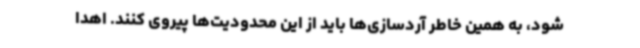
شود، به همین خاطر آردسازی‌ها باید از این محدودیت‌ها پیروی کنند. اهدا